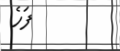
ފަހެ